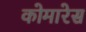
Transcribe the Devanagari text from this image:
कोमारेस